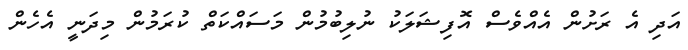
އަދި އެ ރަށުން އެއްވެސް އޮފިޝަލަކު ނުލިބުމުން މަސައްކަތް ކުރަމުން މިދަނީ އެހެން